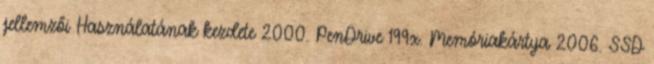
jellemzői Használatának kezdete 2000. PenDrive 199x. Memóriakártya 2006. SSD